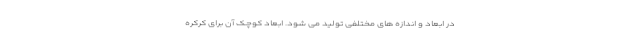
در ابعاد و اندازه های مختلفی تولید می شود. ابعاد کوچک آن برای کرکره